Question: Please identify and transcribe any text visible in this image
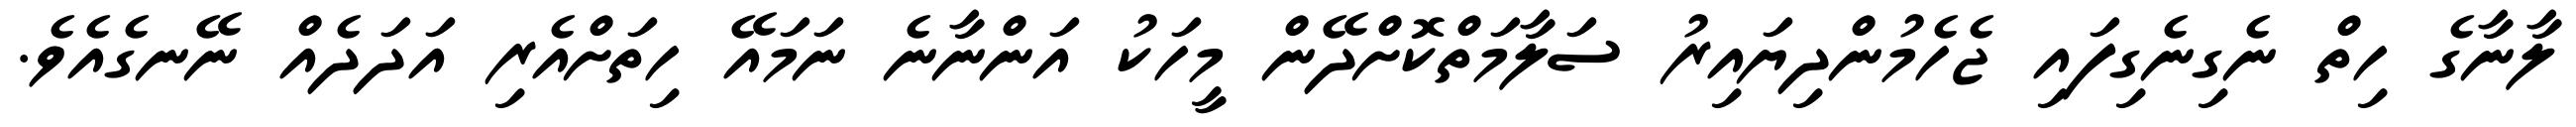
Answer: ލާނާގެ ހިތް ނެގިނެގިފައި ޖެހެމުންދިޔައިރު ސަލާމަތްކޮށްދޭން މީހަކު އަންނާނެ ނަމައޭ ހިތަށްއެރި އަދަދެއް ނޭނގެއެވެ.